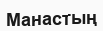
Манастың